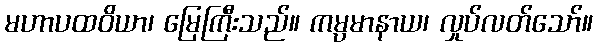
မဟာပထဝိယာ၊ မြေကြီးသည်။ ကမ္ပမာနာယ၊ လှုပ်လတ်သော်။